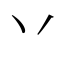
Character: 丷